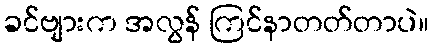
ခင်ဗျားက အလွန် ကြင်နာတတ်တာပဲ။